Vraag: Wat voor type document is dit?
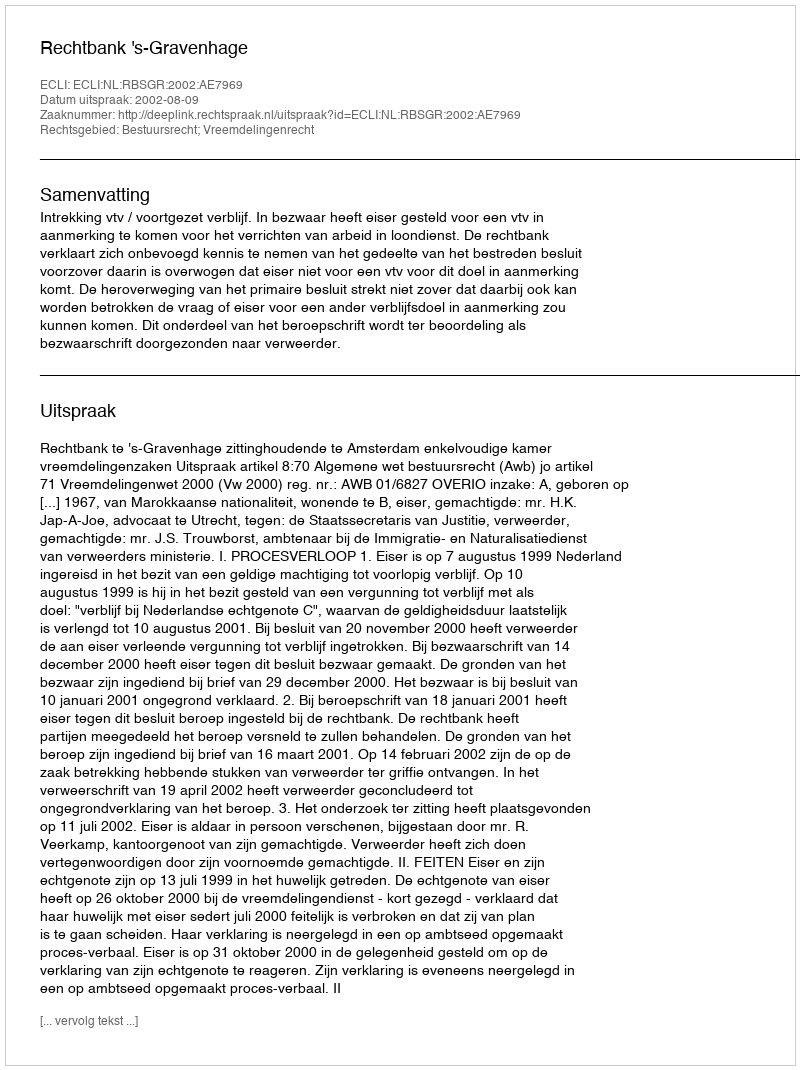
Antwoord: Uitspraak